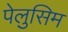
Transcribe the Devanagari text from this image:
पेलुसिम